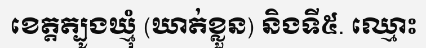
ខេត្តត្បូងឃ្មុំ (ឃាត់ខ្លួន) និងទី៥. ឈ្មោះ